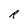
Character: R